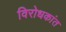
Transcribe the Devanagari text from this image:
विरोधकांत